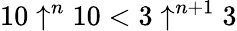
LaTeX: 10\uparrow^{n}10<3\uparrow^{n+1}3